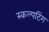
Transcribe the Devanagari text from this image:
स्कल्पटिंग